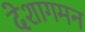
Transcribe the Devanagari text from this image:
देशागमन